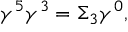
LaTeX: \gamma ^ { 5 } \gamma ^ { 3 } = \Sigma _ { 3 } \gamma ^ { 0 } ,